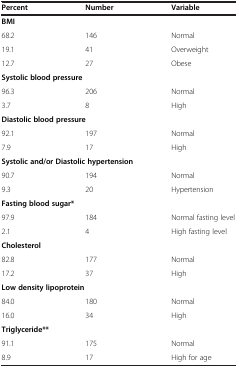
<table><thead><tr><td><b>Percent</b></td><td><b>Number</b></td><td><b>Variable</b></td></tr></thead><tbody><tr><td colspan="3"><b>BMI</b></td></tr><tr><td>68.2</td><td>146</td><td>Normal</td></tr><tr><td>19.1</td><td>41</td><td>Overweight</td></tr><tr><td>12.7</td><td>27</td><td>Obese</td></tr><tr><td colspan="3"><b>Systolic blood pressure</b></td></tr><tr><td>96.3</td><td>206</td><td>Normal</td></tr><tr><td>3.7</td><td>8</td><td>High</td></tr><tr><td colspan="3"><b>Diastolic blood pressure</b></td></tr><tr><td>92.1</td><td>197</td><td>Normal</td></tr><tr><td>7.9</td><td>17</td><td>High</td></tr><tr><td colspan="3"><b>Systolic and/or Diastolic hypertension</b></td></tr><tr><td>90.7</td><td>194</td><td>Normal</td></tr><tr><td>9.3</td><td>20</td><td>Hypertension</td></tr><tr><td colspan="3"><b>Fasting blood sugar*</b></td></tr><tr><td>97.9</td><td>184</td><td>Normal fasting level</td></tr><tr><td>2.1</td><td>4</td><td>High fasting level</td></tr><tr><td colspan="3"><b>Cholesterol</b></td></tr><tr><td>82.8</td><td>177</td><td>Normal</td></tr><tr><td>17.2</td><td>37</td><td>High</td></tr><tr><td colspan="3"><b>Low density lipoprotein</b></td></tr><tr><td>84.0</td><td>180</td><td>Normal</td></tr><tr><td>16.0</td><td>34</td><td>High</td></tr><tr><td colspan="3"><b>Triglyceride**</b></td></tr><tr><td>91.1</td><td>175</td><td>Normal</td></tr><tr><td>8.9</td><td>17</td><td>High for age</td></tr></tbody></table>